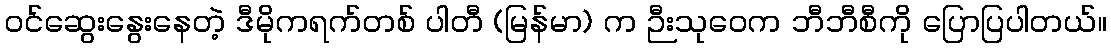
ဝင်ဆွေးနွေးနေတဲ့ ဒီမိုကရက်တစ် ပါတီ (မြန်မာ) က ဉီးသုဝေက ဘီဘီစီကို ပြောပြပါတယ်။